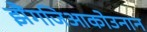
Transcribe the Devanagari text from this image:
झैंगजिआकोउनान